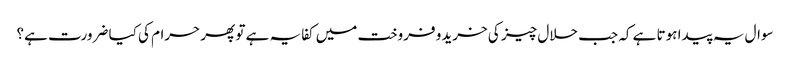
سوال یہ پیدا ہوتا ہے کہ جب حلال چیز کی خریدو فروخت میں کفایہ ہے تو پھر حرام کی کیا ضرورت ہے؟